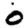
Digit: 0